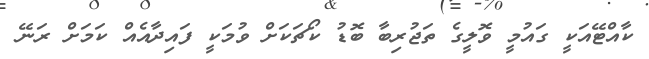
ކާއްޓޭއަކީ ގައުމީ ވޮލީގެ ތަޖުރިބާ ބޮޑު ކޯޗަކަށް ވުމަކީ ފައިދާއެއް ކަމަށް ރަނޭ